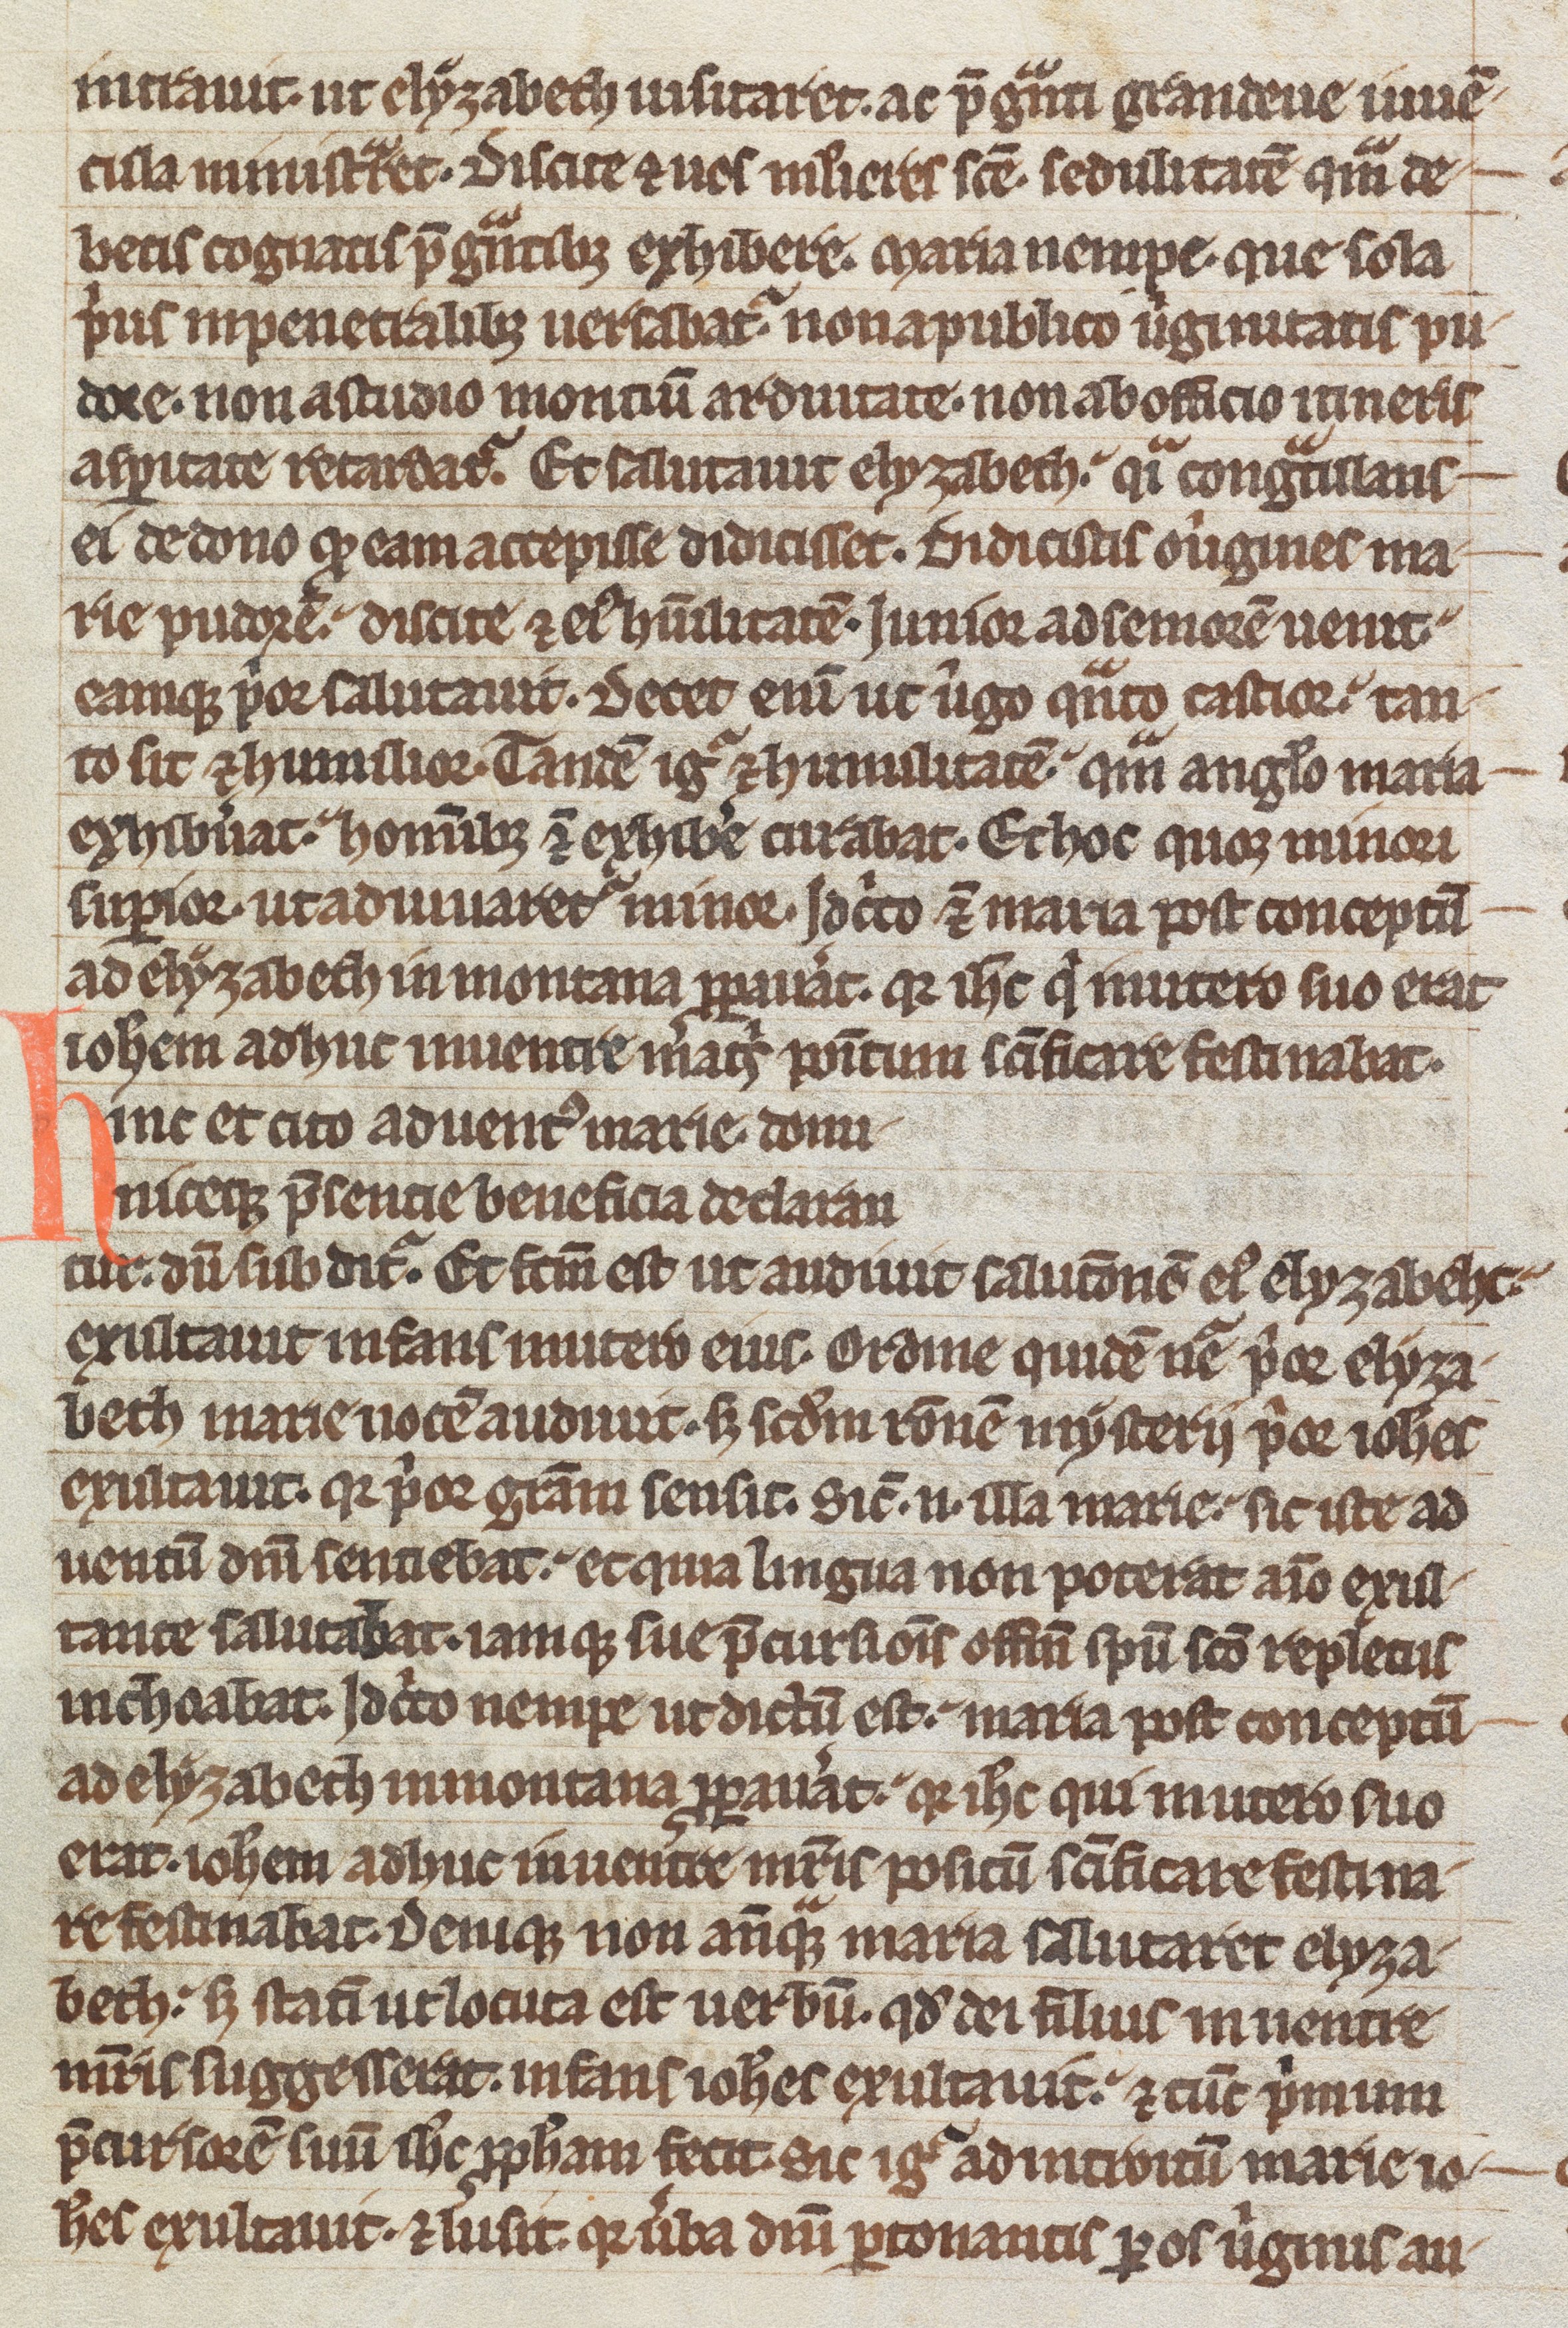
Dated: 1300–1399